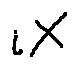
i X